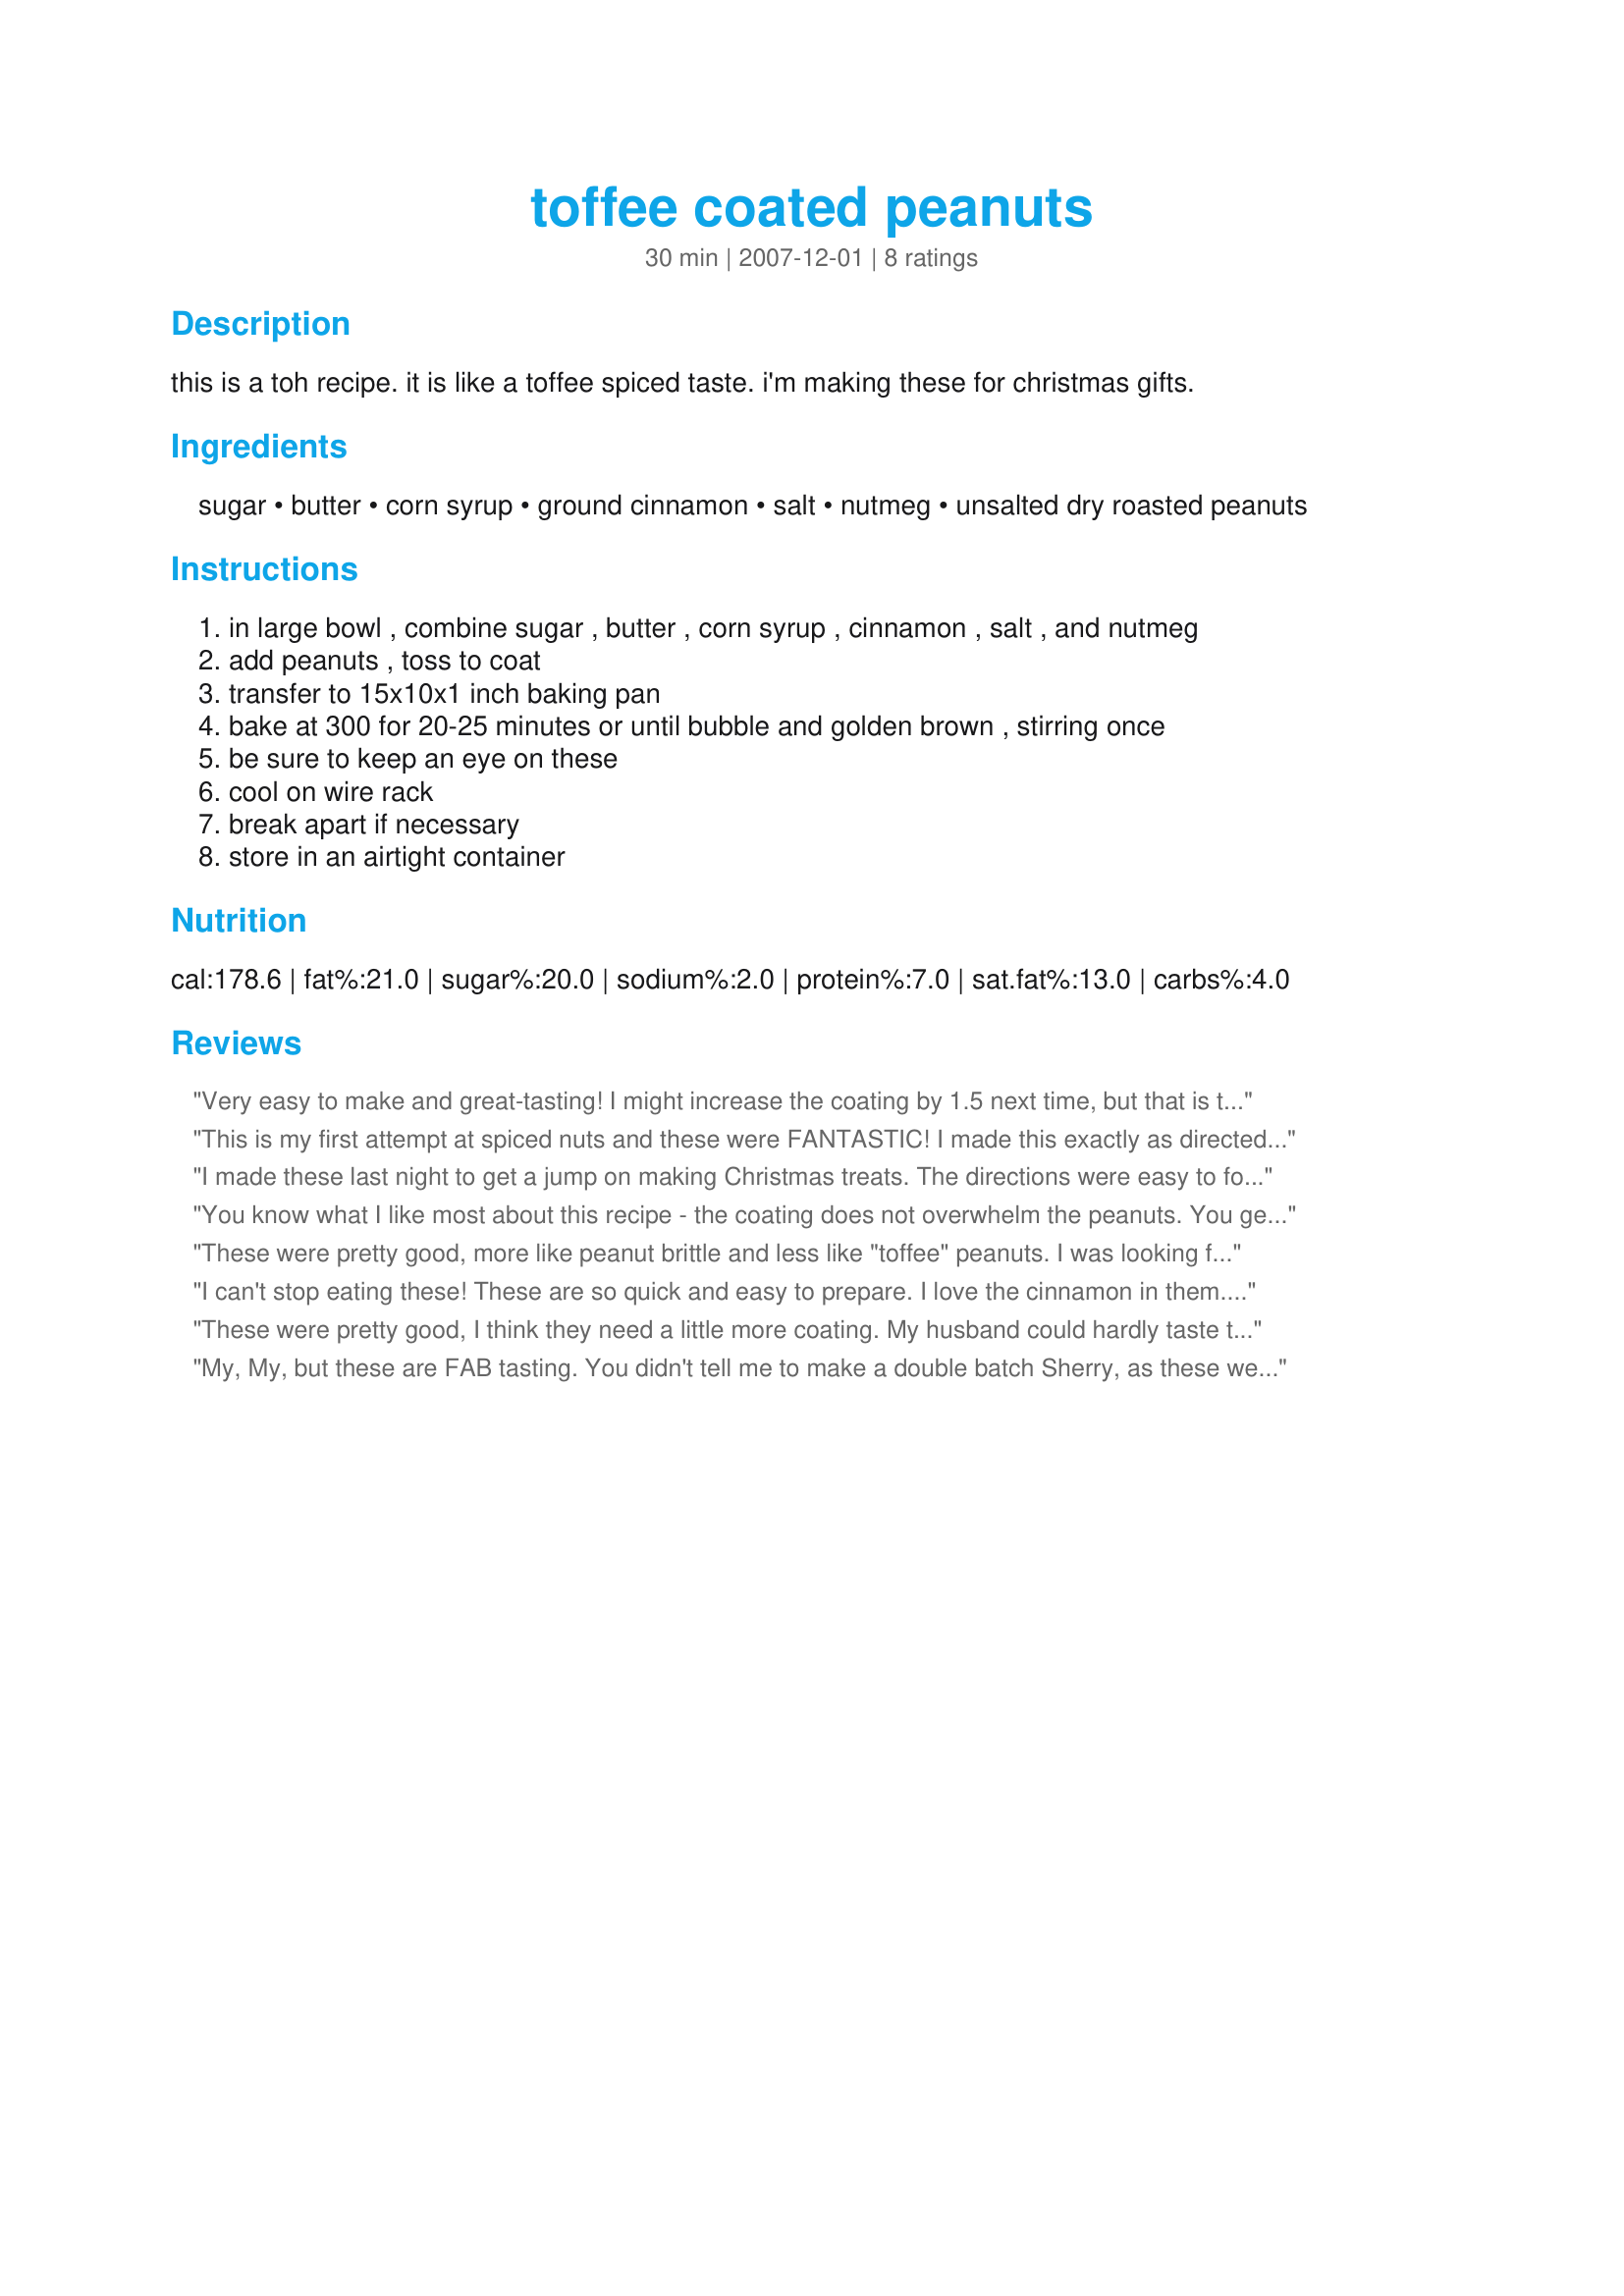
toffee coated peanuts
Preparation time: 30 minutes

this is a toh recipe. it is like a toffee spiced taste. i'm making these for christmas gifts.

Ingredients:
sugar, butter, corn syrup, ground cinnamon, salt, nutmeg, unsalted dry roasted peanuts

Steps:
in large bowl , combine sugar , butter , corn syrup , cinnamon , salt , and nutmeg
add peanuts , toss to coat
transfer to 15x10x1 inch baking pan
bake at 300 for 20-25 minutes or until bubble and golden brown , stirring once
be sure to keep an eye on these
cool on wire rack
break apart if necessary
store in an airtight container

Reviews:
Very easy to make and great-tasting! I might increase the coating by 1.5 next time, but that is the only change I would even consider. Thanks, SweetsLady! Made for Market Tag.
This is my first attempt at spiced nuts and these were FANTASTIC! I made this exactly as directed and they turned out perfect. Thanks for a great holiday treat :) Prepared for "Please Review My Recipe Tag 2007".
I made these last night to get a jump on making Christmas treats. The directions were easy to follow, ingredients were all things I had on hand. I found that 20 minutes was definitely enough time and it may have even needed less time in my oven. Like other reviewers have mentioned, I think I would have liked more coating on these. In the end, I'll probably just stick with the spiced nut recipe I usually use, but thank you for posting this so I could try making something different!
You know what I like most about this recipe - the coating does not overwhelm the peanuts. You get a nice even coat on the peanuts but not clumps of the sugar where you feel it is too sweet. The background flavor is perfect and the recipe is spot on in directions...very easy to follow. Makes for a great treat around the house and great little gifts in a tin for friends. Thanks for sharing. Made for the Let's Party event 2010.
These were pretty good, more like peanut brittle and less like "toffee" peanuts. I was looking for the more golden brown look as well as coating. Don't get me wrong, Karo and butter and sugar are great :-) These were not to die for. Good for my 4th of July Party - the bowl did get eaten. :-) Oh and I doubled the coating based on 1 review. I might consider just doing it as the recipe says as well
I can't stop eating these! These are so quick and easy to prepare. I love the cinnamon in them. I will save this recipe for next Christmas for sure. Thanks! Made for Recipe Swap.
These were pretty good, I think they need a little more coating. My husband could hardly taste the mix just the peanuts unless he ate a whole cluster... the flavor is great, next time I will increase the coating! Thanks
My, My, but these are FAB tasting. You didn't tell me to make a double batch Sherry, as these were gone before I had but a quick chance to try em myself. Followed the recipe exact. Wonderful, and oh the aroma of roasting peanuts~MMMMM~
